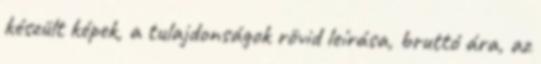
készült képek, a tulajdonságok rövid leírása, bruttó ára, az